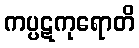
ကပ္ပဋကုရောတိ